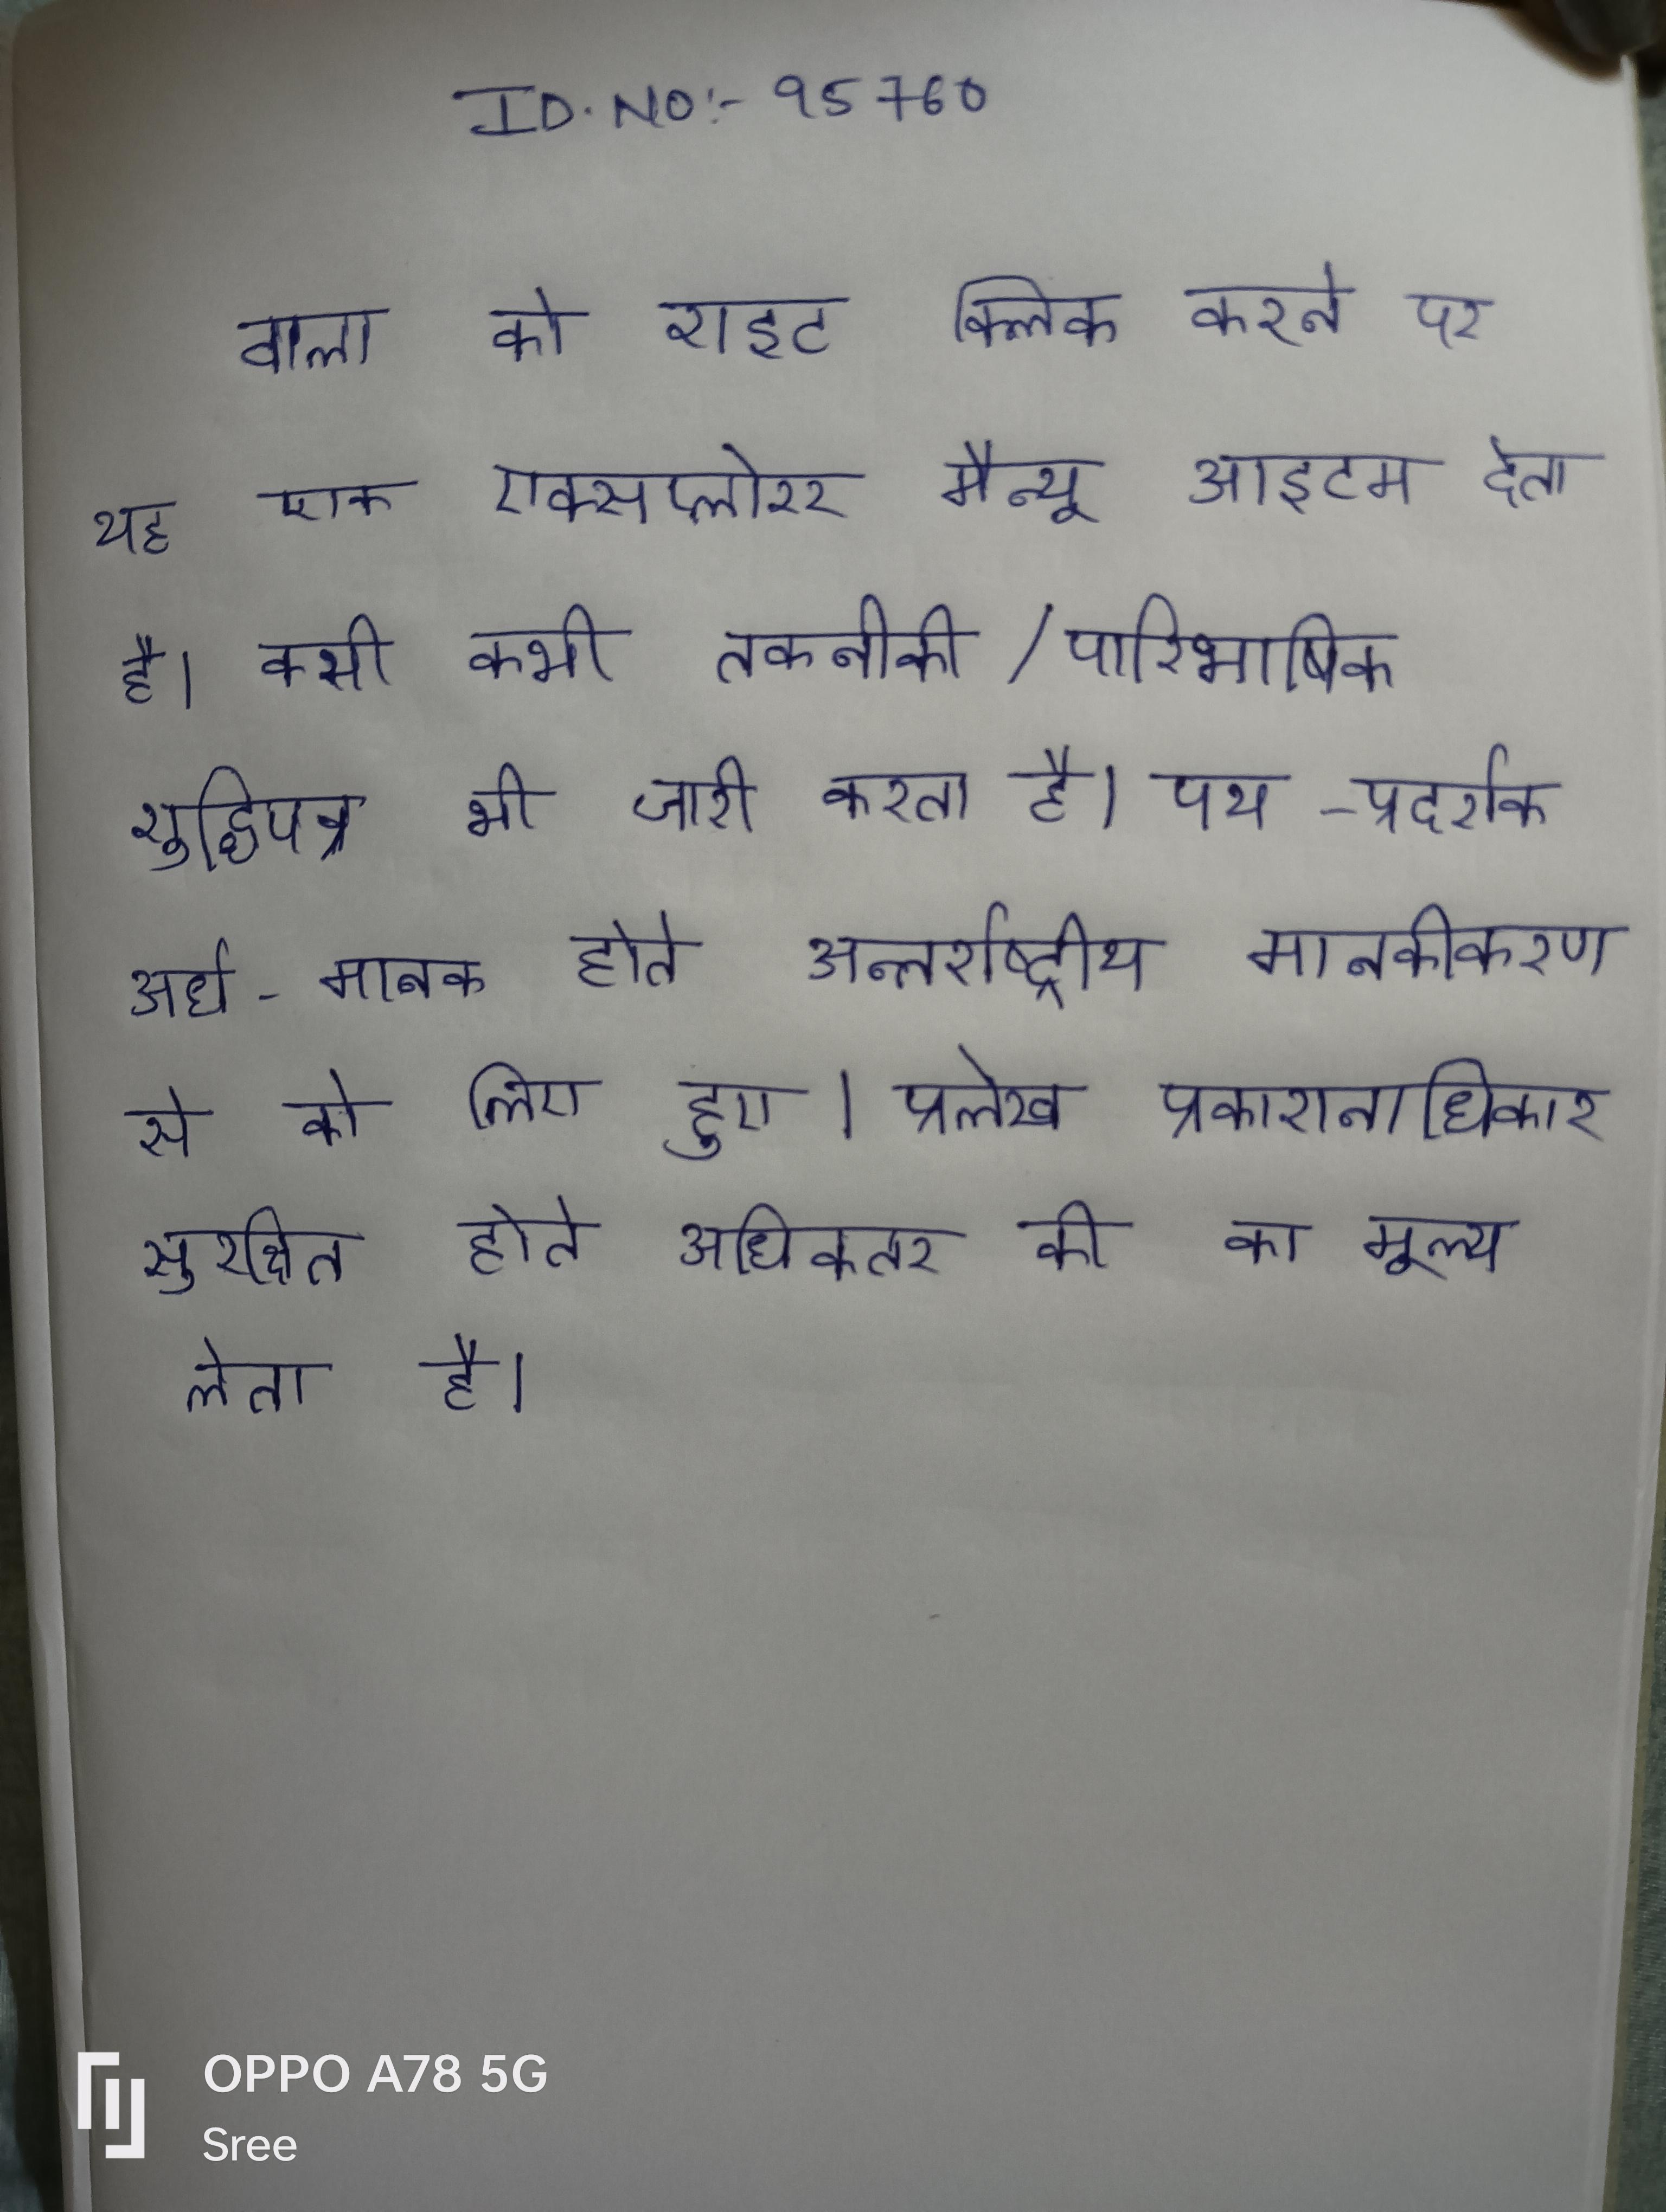
वाला को राइट क्लिक करने पर यह एक ऍक्सप्लोरर मैन्यू आइटम देता है । कभी कभी तकनीकी/पारिभाषिक शुद्धिपत्र भी जारी करता है । पथ-प्रदर्शक अर्ध-मानक होते अन्तर्राष्ट्रीय मानकीकरण से को लिए हुए । प्रलेख प्रकाशनाधिकार सुरक्षित होते अधिकतर की का मूल्य लेता है ।